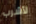
لأشرب